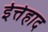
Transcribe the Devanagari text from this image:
ईत्तेहाद